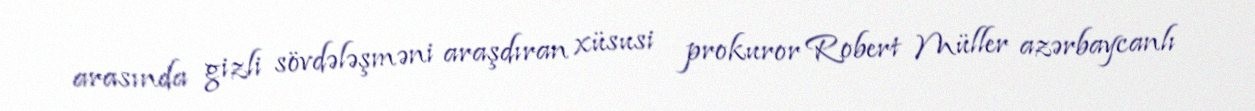
arasında gizli sövdələşməni araşdıran xüsusi prokuror Robert Müller azərbaycanlı